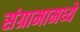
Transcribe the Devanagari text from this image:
संग्रामामध्ये